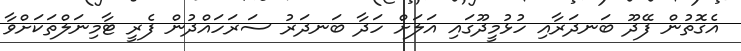
އެގޮތުން ފޭދޫ ބަނދަރާއި ހުޅުމީދޫގައި އަލަށް ހަދާ ބަނދަރު ސަރަހައްދުން ފެރީ ޓާމިނަލްތަކަށްވާ